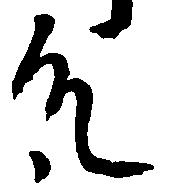
殿